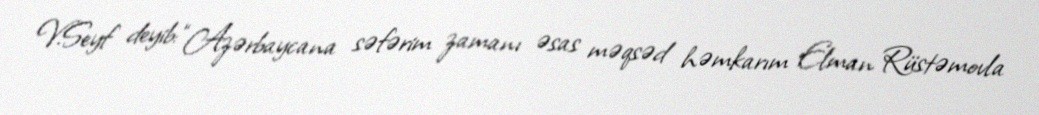
V.Seyf deyib: “Azərbaycana səfərim zamanı əsas məqsəd həmkarım Elman Rüstəmovla